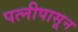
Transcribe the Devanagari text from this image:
पत्‍नीपासून